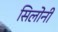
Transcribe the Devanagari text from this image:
सिलोनी